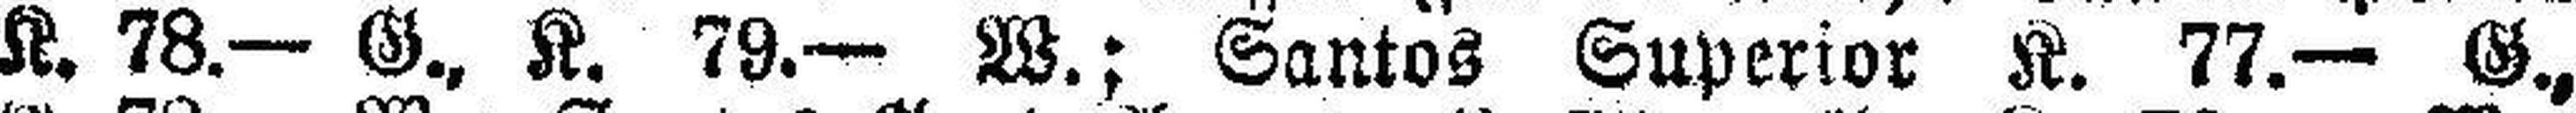
K. 78- G., K. 79.— W.; Santos Superior K. 77.— G.,